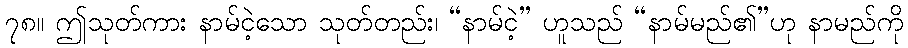
၇၈။ ဤသုတ်ကား နာမ်ငဲ့သော သုတ်တည်း၊ “နာမ်ငဲ့” ဟူသည် “နာမ်မည်၏”ဟု နာမည်ကို